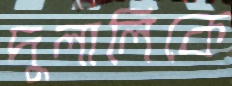
দুলালিকে